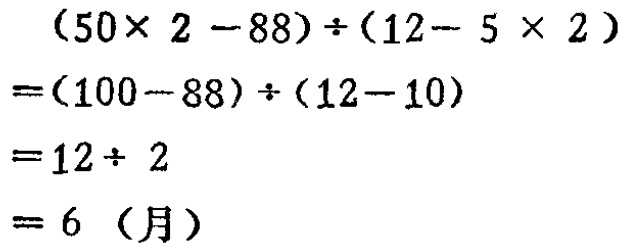
\[
\begin{align*}
&(50\times 2 - 88)\div(12 - 5\times 2)\\
=&(100 - 88)\div(12 - 10)\\
=&12\div 2\\
=& 6 \text{（月）}
\end{align*}
\]